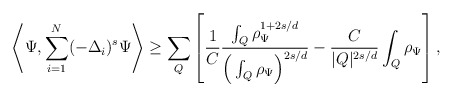
\begin{align*}\left\langle \Psi, \sum_{i=1}^N (-\Delta_{i})^s \Psi \right\rangle \ge \sum_Q \left[\frac{1}{C}\frac{\int_Q \rho_\Psi^{1+2s/d}}{\Big(\int_Q \rho_\Psi \Big)^{2s/d}} - \frac{C}{|Q|^{2s/d}} \int_Q \rho_\Psi \right],\end{align*}